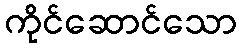
ကိုင်ဆောင်သော